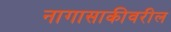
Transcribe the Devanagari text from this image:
नागासाकीवरील